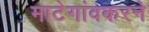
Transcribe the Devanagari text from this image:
माटेगांवकरने